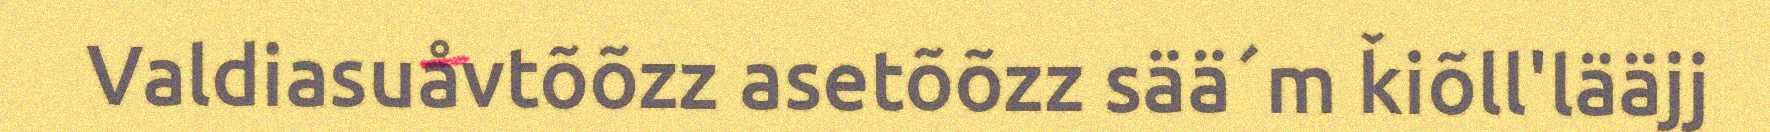
Valdiasuåvtõõzz asetõõzz sää´m ǩiõll'lääjj